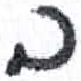
אות: ב